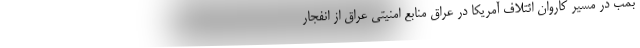
بمب در مسیر کاروان ائتلاف آمریکا در عراق منابع امنیتی عراق از انفجار